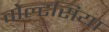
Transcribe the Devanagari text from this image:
वोल्टसिया